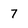
Character: 7